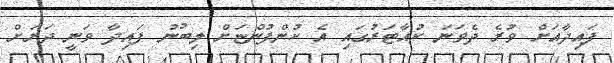
ފައިދާއަށް ވުރެ ދެވަނަ ކުއާޓަރުގައި އެ ކުންފުންޏަށް ލިބުނު ފައިދާ ވަނީ ދަށަށް